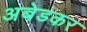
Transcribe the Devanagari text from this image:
अबेडकर